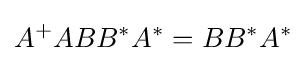
A^{+}ABB^{*}A^{*}=BB^{*}A^{*}